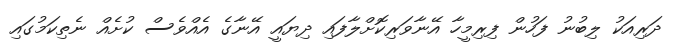
ދަރިއަކު ލިބުނު ފަހުން ފިރިމީހާ އޭނާވަރިކޮށްލާފައި ދިޔައީ އޭނާގެ އެއްވެސް ކުށެއް ނެތިކަމުގައި